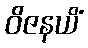
ဝိဇနယိံ